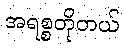
အရစ္စတိုတယ်